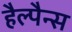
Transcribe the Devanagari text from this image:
हैल्पैन्स